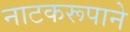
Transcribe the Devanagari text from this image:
नाटकरूपाने